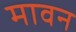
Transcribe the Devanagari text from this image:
मावन